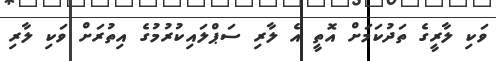
ވަކި ލާރީގެ ތަދުކަމަށް އޮތީ އެ ލާރި ސަޕްލައިކުރުމުގެ އިތުރަށް ވަކި ލާރި